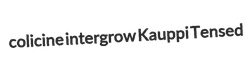
colicine intergrow Kauppi Tensed